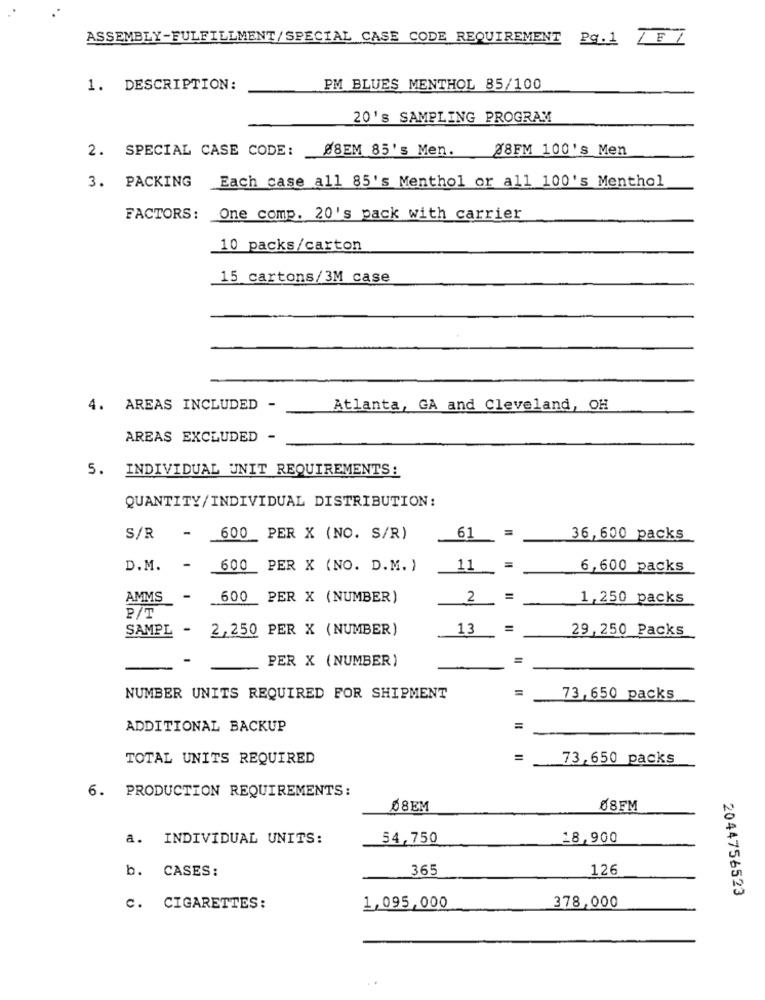
ASSEMBLY-FULFILLMENT/SPECIAL CASE CODE REQUIREMENT Pg.1 ET
1. DESCRIPTION:
PM BLUES MENTHOL 85/100
20's SAMPLING PROGRAM
2. SPECIAL CASE CODE:
Ø8EM 85's Men.
88FM 100's Men
3. PACKING
Each case all 85's Menthol or all 100's Menthol
FACTORS:
One comp. 20's pack with carrier
10 packs/carton
15 cartons/3M case
4. AREAS INCLUDED -
Atlanta, GA and Cleveland, OH
AREAS EXCLUDED -
5. INDIVIDUAL UNIT REQUIREMENTS:
QUANTITY/INDIVIDUAL DISTRIBUTION:
S/R
-
600 PER X (NO. S/R)
61
36,600 packs
D.M. -
600 PER X (NO. D.M. )
11
=
6,600 packs
AMMS
-
600
PER X (NUMBER)
2
=
1,250 packs
2/T
SAMPL - 2,250 PER X (NUMBER)
13
=
29,250 Packs
PER X (NUMBER)
=
=
NUMBER UNITS REQUIRED FOR SHIPMENT
73,650 packs
ADDITIONAL BACKUP
=
TOTAL UNITS REQUIRED
=
73,650 packs
6. PRODUCTION REQUIREMENTS:
68EM
08FM
a. INDIVIDUAL UNITS:
54,750
18,900
b. CASES:
365
126
2044756523
378,000
C. CIGARETTES:
1,095,000